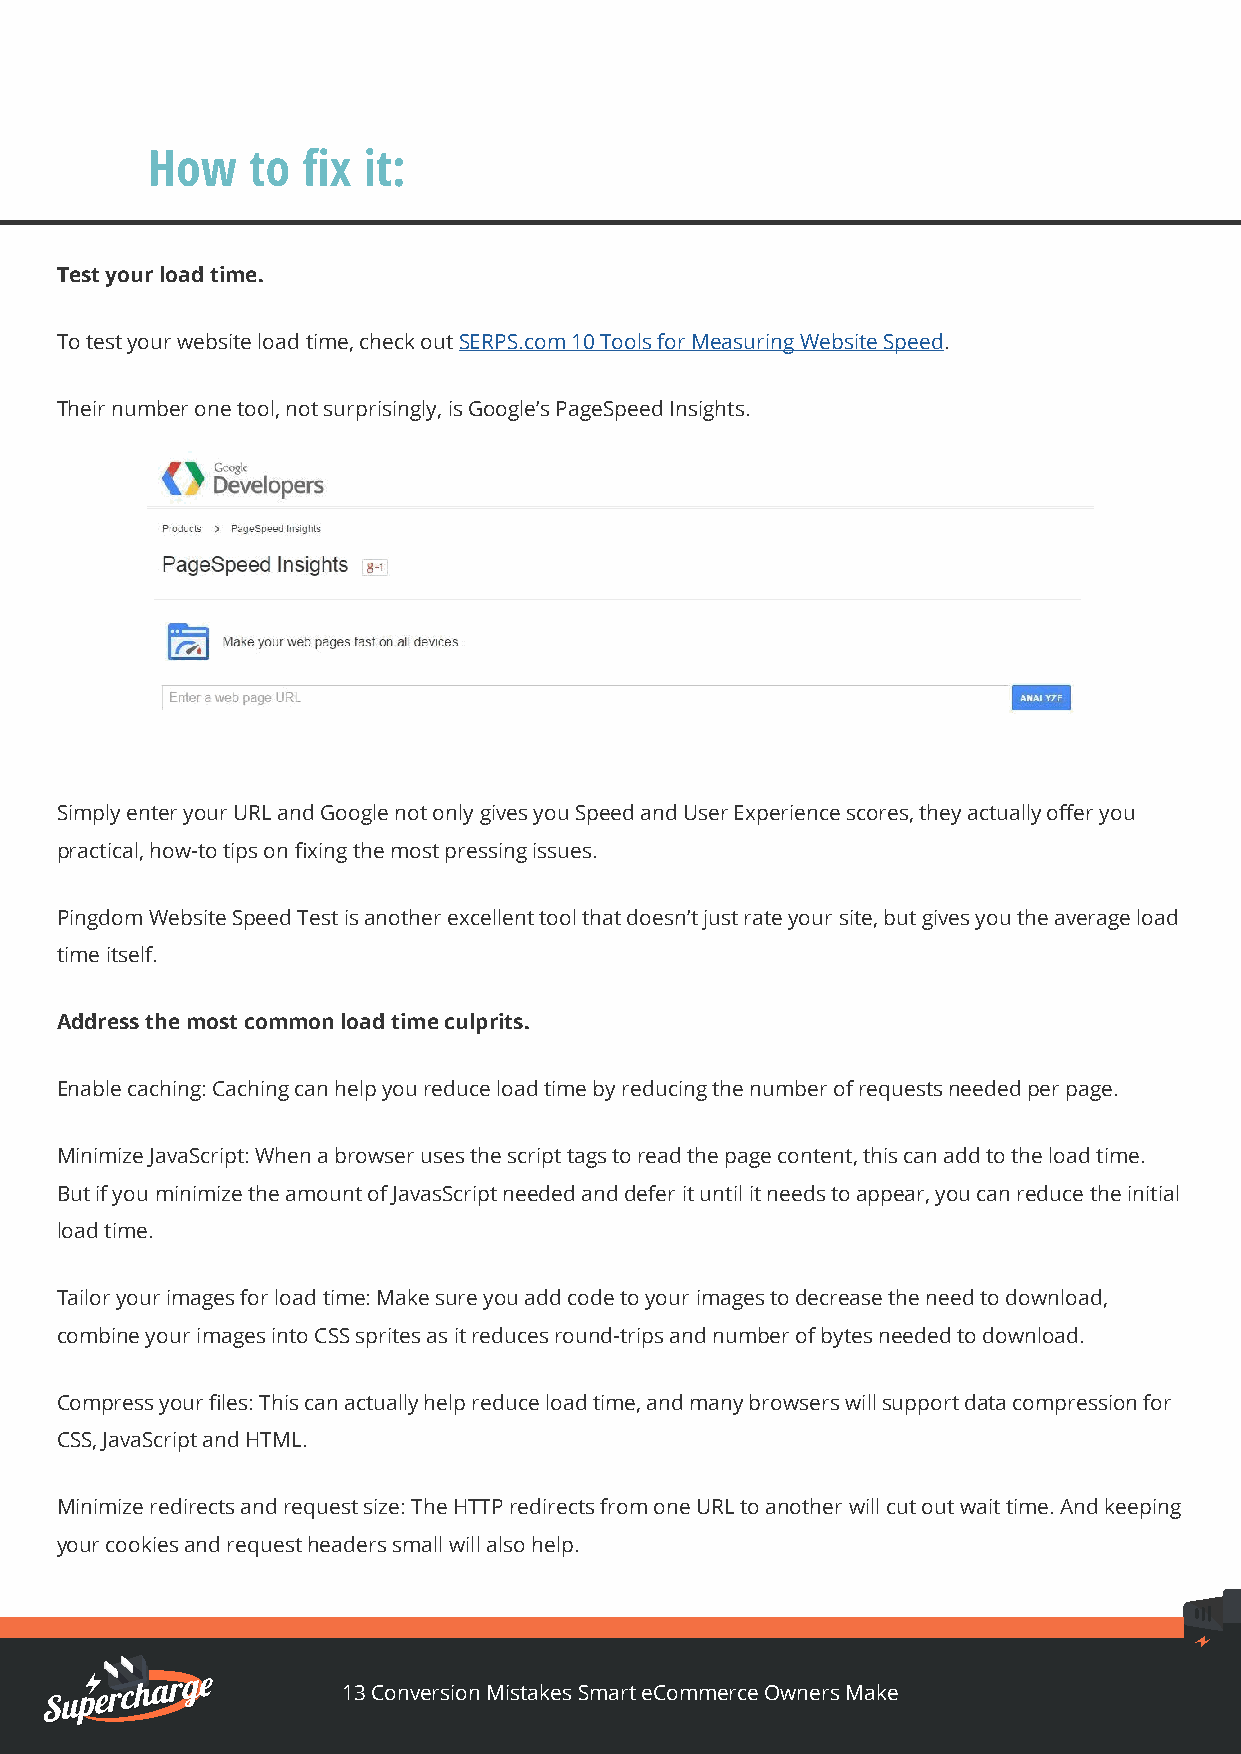
How   to  fix it:
 Test your load time.
 To test your website load time, check out SERPS.com 10 Tools for Measuring Website Speed.
 Their number one tool, not surprisingly, is Google’s PageSpeed Insights.
 Simply enter your URL and Google not only gives you Speed and User Experience scores, they actually offer you
 practical, how-to tips on fixing the most pressing issues.
 Pingdom Website Speed Test is another excellent tool that doesn’t just rate your site, but gives you the average load
 time itself.
 Address the most common load time culprits.
 Enable caching: Caching can help you reduce load time by reducing the number of requests needed per page.
 Minimize JavaScript: When a browser uses the script tags to read the page content, this can add to the load time.
 But if you minimize the amount of JavasScript needed and defer it until it needs to appear, you can reduce the initial
 load time.
 Tailor your images for load time: Make sure you add code to your images to decrease the need to download,
 combine your images into CSS sprites as it reduces round-trips and number of bytes needed to download.
 Compress your files: This can actually help reduce load time, and many browsers will support data compression for
 CSS, JavaScript and HTML.
 Minimize redirects and request size: The HTTP redirects from one URL to another will cut out wait time. And keeping
 your cookies and request headers small will also help.
 13 Conversion Mistakes Smart eCommerce Owners Make